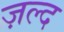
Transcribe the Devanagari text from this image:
ज़ल्द